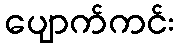
ပျောက်ကင်း